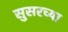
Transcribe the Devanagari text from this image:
सुसरच्या